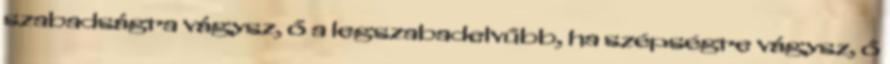
szabadságra vágysz, ő a legszabadelvűbb, ha szép­ség­re vágysz, ő